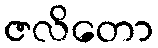
ဇလိတော